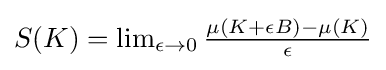
{\textstyle S(K)=\lim _{\epsilon \to 0}{\frac {\mu (K+\epsilon B)-\mu (K)}{\epsilon }}}